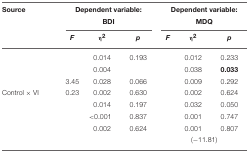
<table><thead><tr><td><b>Source</b></td><td colspan="3"><b>Dependent variable:</b></td><td colspan="3"><b>Dependent variable:</b></td></tr><tr><td>[EMPTY_CELL]</td><td colspan="3"><b>BDI</b></td><td colspan="3"><b>MDQ</b></td></tr><tr><td>[EMPTY_CELL]</td><td><b><i>F</i></b></td><td><b>η<sup>2</sup></b></td><td><b><i>p</i></b></td><td><b><i>F</i></b></td><td><b>η<sup>2</sup></b></td><td><b><i>p</i></b></td></tr></thead><tbody><tr><td>[EMPTY_CELL]</td><td>[EMPTY_CELL]</td><td>0.014</td><td>0.193</td><td>[EMPTY_CELL]</td><td>0.012</td><td>0.233</td></tr><tr><td>[EMPTY_CELL]</td><td>[EMPTY_CELL]</td><td>0.004</td><td>[EMPTY_CELL]</td><td>[EMPTY_CELL]</td><td>0.038</td><td><b>0.033</b></td></tr><tr><td>[EMPTY_CELL]</td><td>3.45</td><td>0.028</td><td>0.066</td><td>[EMPTY_CELL]</td><td>0.009</td><td>0.292</td></tr><tr><td>Control × VI</td><td>0.23</td><td>0.002</td><td>0.630</td><td>[EMPTY_CELL]</td><td>0.002</td><td>0.624</td></tr><tr><td>[EMPTY_CELL]</td><td>[EMPTY_CELL]</td><td>0.014</td><td>0.197</td><td>[EMPTY_CELL]</td><td>0.032</td><td>0.050</td></tr><tr><td>[EMPTY_CELL]</td><td>[EMPTY_CELL]</td><td>&lt; 0.001</td><td>0.837</td><td>[EMPTY_CELL]</td><td>0.001</td><td>0.747</td></tr><tr><td>[EMPTY_CELL]</td><td>[EMPTY_CELL]</td><td>0.002</td><td>0.624</td><td>[EMPTY_CELL]</td><td>0.001</td><td>0.807</td></tr><tr><td>[EMPTY_CELL]</td><td colspan="3">[EMPTY_CELL]</td><td colspan="3">(−11.81)</td></tr></tbody></table>